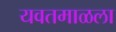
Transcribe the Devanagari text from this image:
यवतमाळला